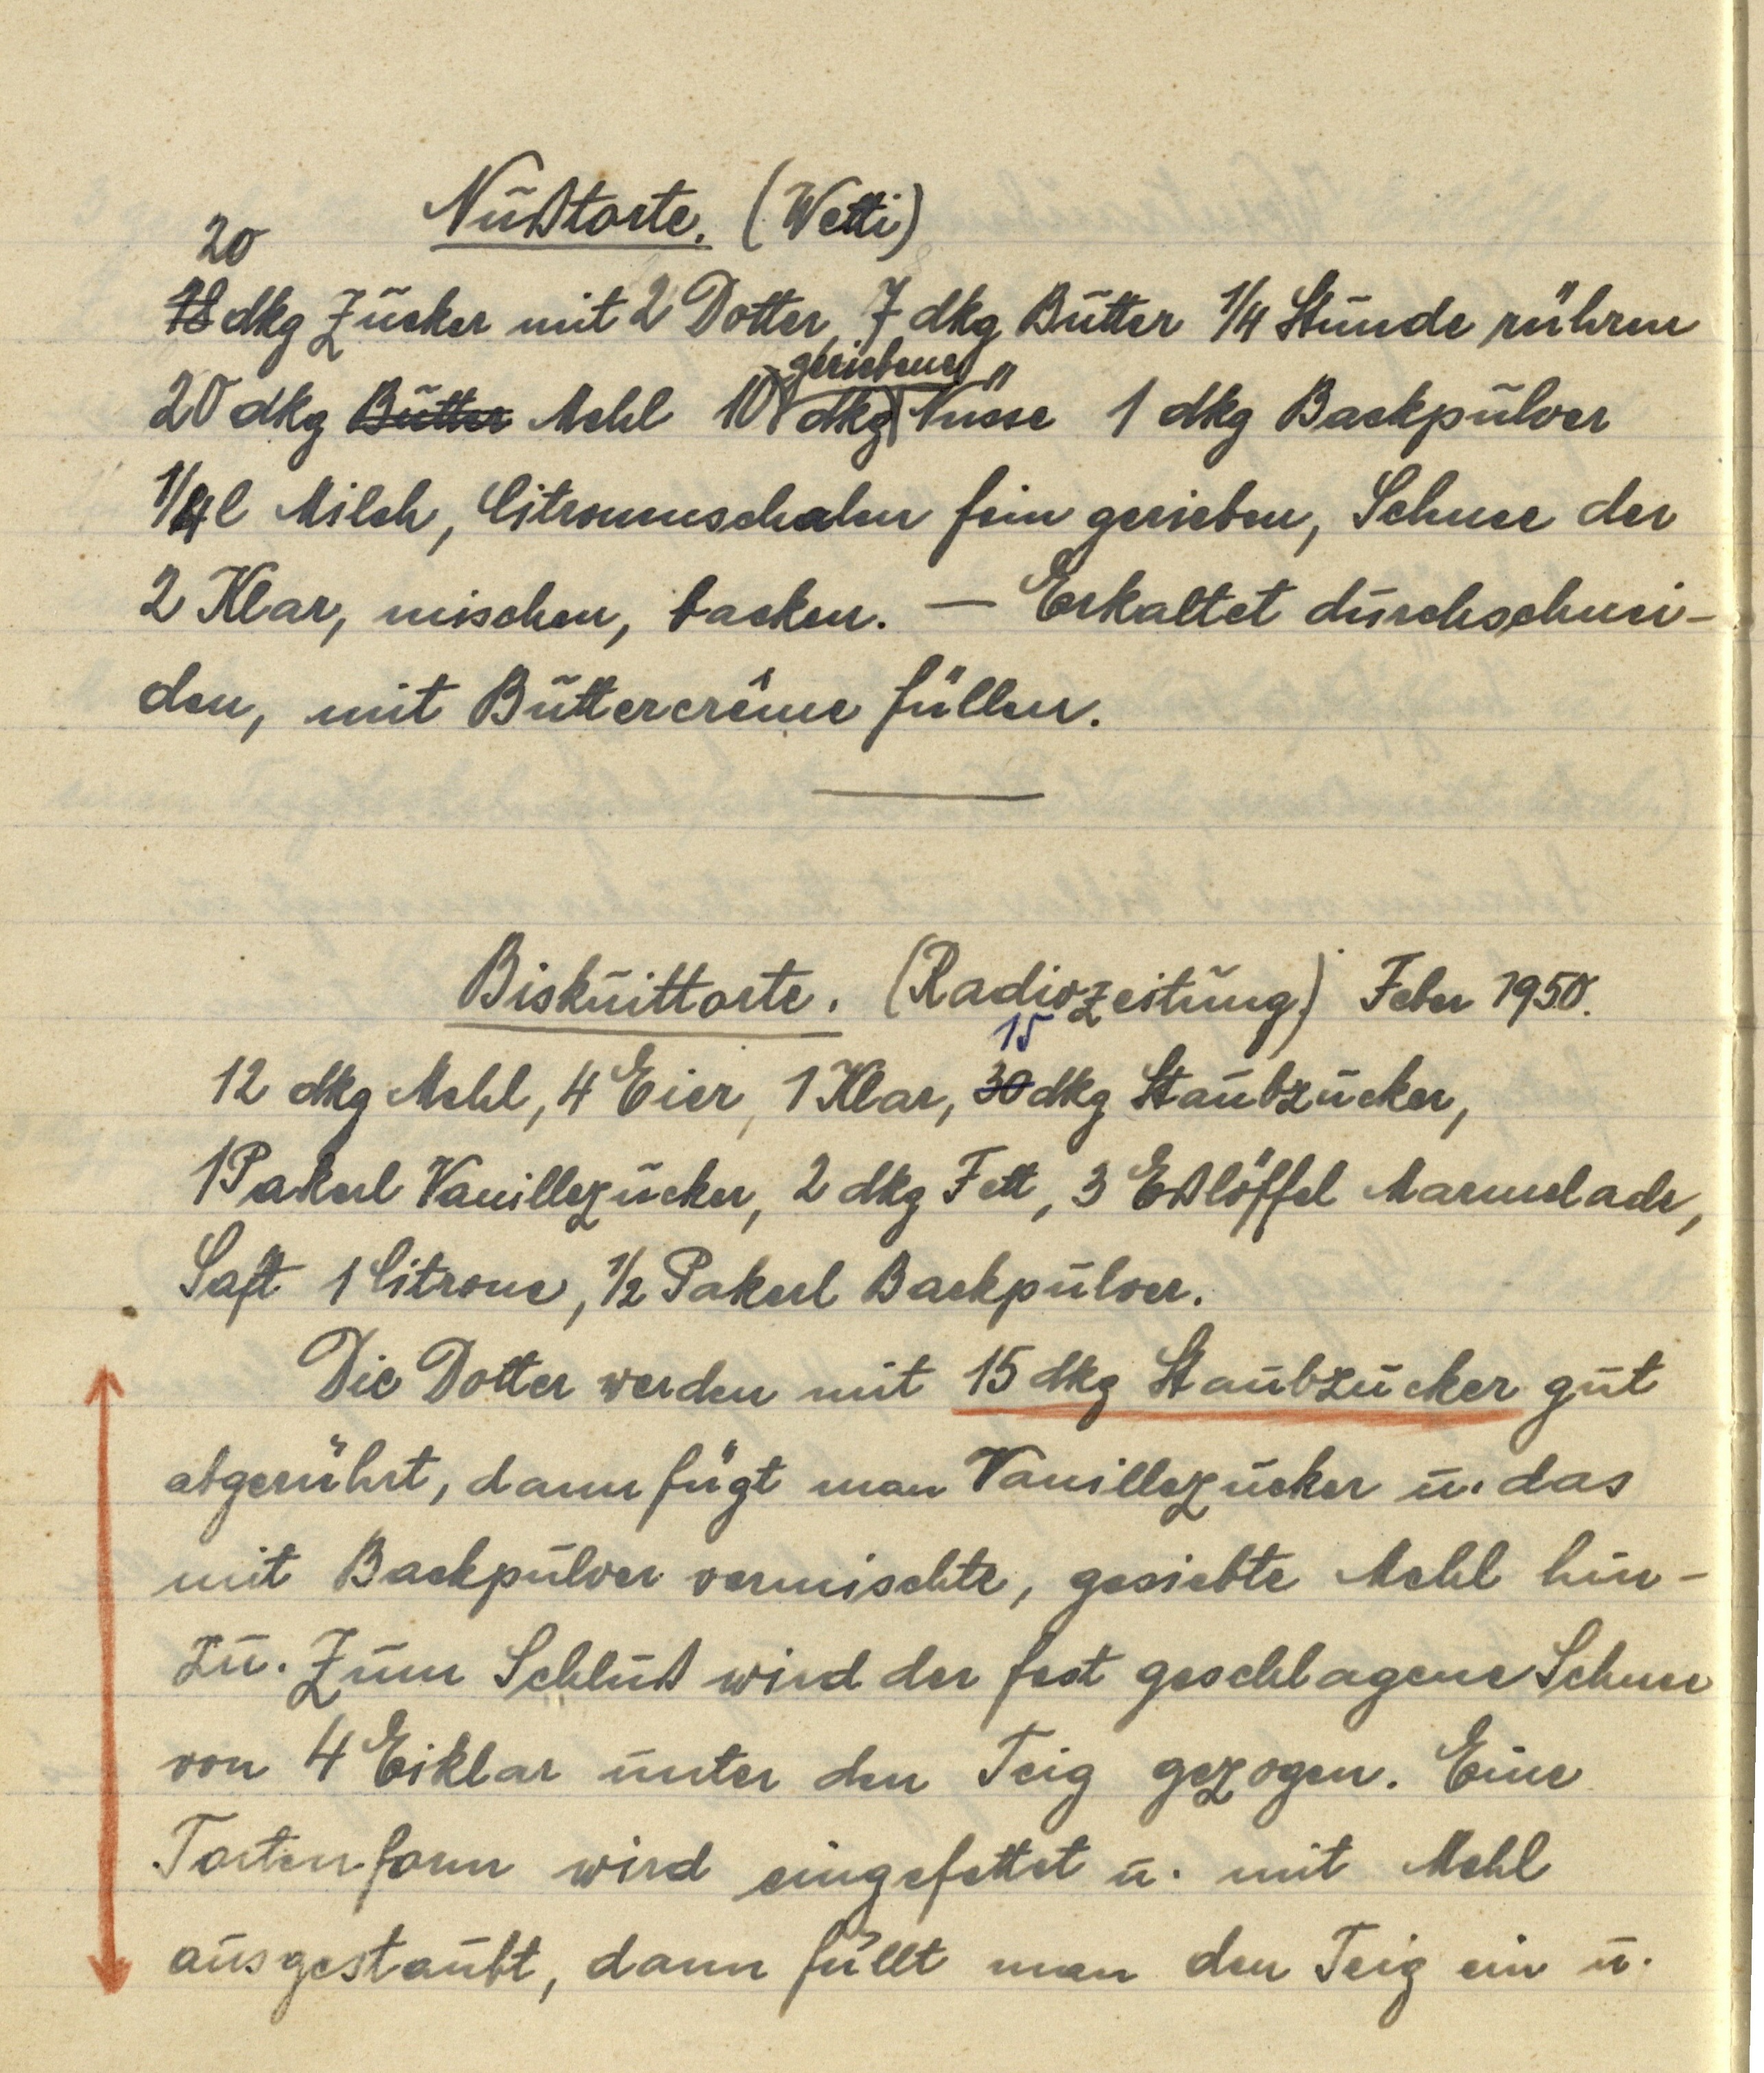
Nußtorte. (Wetti)
18 20 dkg Zucker mit 2 Dotter, 7 dkg Butter ¼ Stunde rühren
20 dkg Butter Mehl 10 dkg geriebene Nüsse 1 dkg Backpulver
¼ l Milch, Citronenschalen fein gerieben, Schnee der
2 Klar, mischen, backen. — Erkaltet durchschnei¬
den, mit Buttercrême füllen.

Biskuittorte. (Radiozeitung.) Feber 1950.
12 dkg Mehl, 4 Eier, 1 Klar, 30 15 dkg Staubzucker,
1 Packerl Vanillezucker, 2 dkg Fett, 3 Eßlöffel Marmelade,
Saft 1 Citrone, ½ Packerl Backpulver.
Die Dotter werden mit 15 dkg Staubzucker gut
abgerührt, dann fügt man Vanillezucker u. das
mit Backpulver vermischte, gesiebte Mehl hin¬
zu. Zum Schluß wird der fest geschlagene Schnee
von 4 Eiklar unter den Teig gezogen. Eine
Tortenform wird eingefettet u. mit Mehl
ausgestaubt, dann füllt man den Teig ein u.